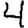
Digit: 4